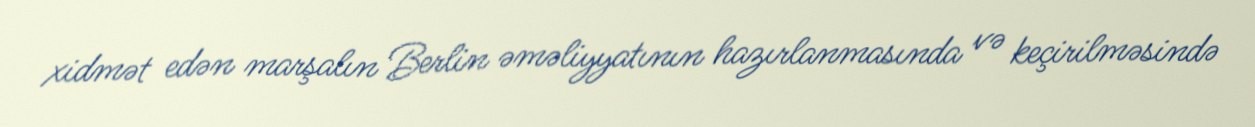
xidmət edən marşalın Berlin əməliyyatının hazırlanmasında və keçirilməsində